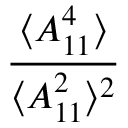
\frac { \langle A _ { 1 1 } ^ { 4 } \rangle } { \langle A _ { 1 1 } ^ { 2 } \rangle ^ { 2 } }